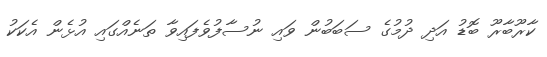
ކާރޫބާރޫ ބޮޑު އަދި ދުމުގެ ސަބަބުން ވައި ނުސާފުވެފައިވާ ތަނެއްގައި އުޅެން އެކަކު